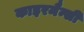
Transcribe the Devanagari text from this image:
काइरमैन्सी